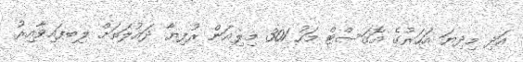
އަދި މިދިޔަ އަހަރުގެ އޮގަސްޓް މަހު 301 މިލިއަން ރުފިޔާ ދައުލަތަށް ލިބިފައިވާއިރު